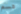
قسم